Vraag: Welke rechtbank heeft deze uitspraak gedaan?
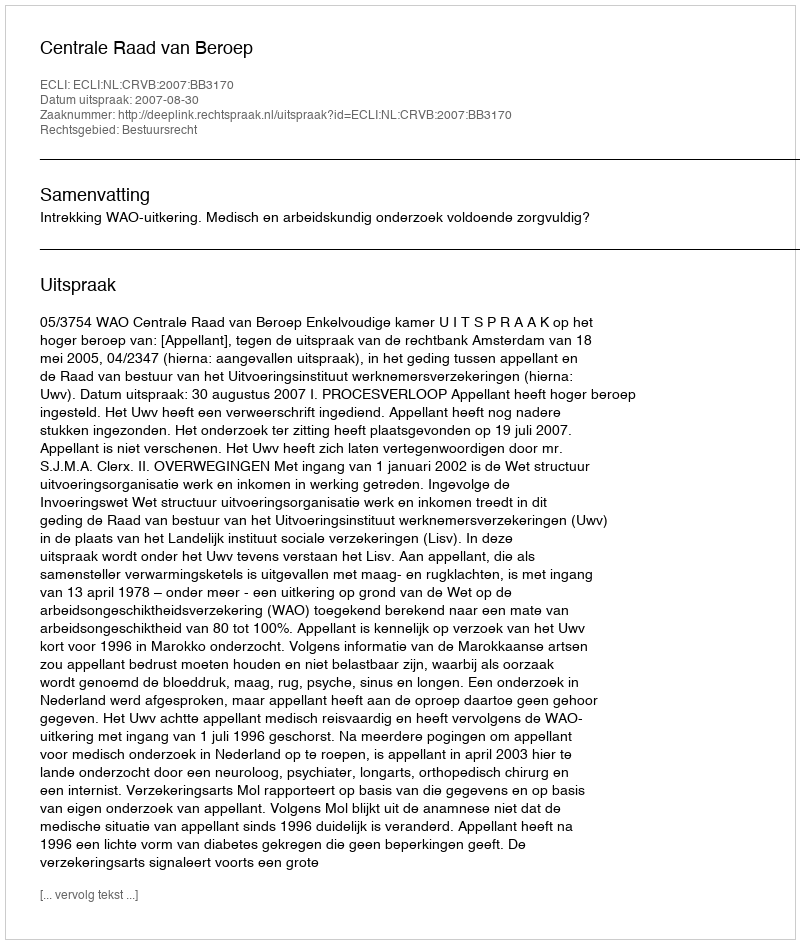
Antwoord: Centrale Raad van Beroep